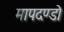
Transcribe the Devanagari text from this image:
मापदण्डो